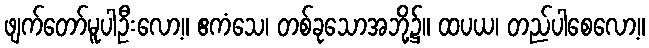
ဖျက်တော်မူပါဦးလော့။ ဧကံသေ၊ တစ်ခုသောအဘို့၌။ ထပယ၊ တည်ပါစေလော့။